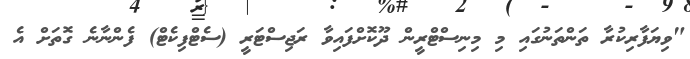
"ވިޔަފާރިކުރާ ތަންތަނުގައި މި މިނިސްޓްރީން ދޫކޮށްފައިވާ ރަޖިސްޓަރީ (ސެޓްފިކެޓް) ފެންނާނެ ގޮތަށް އެ